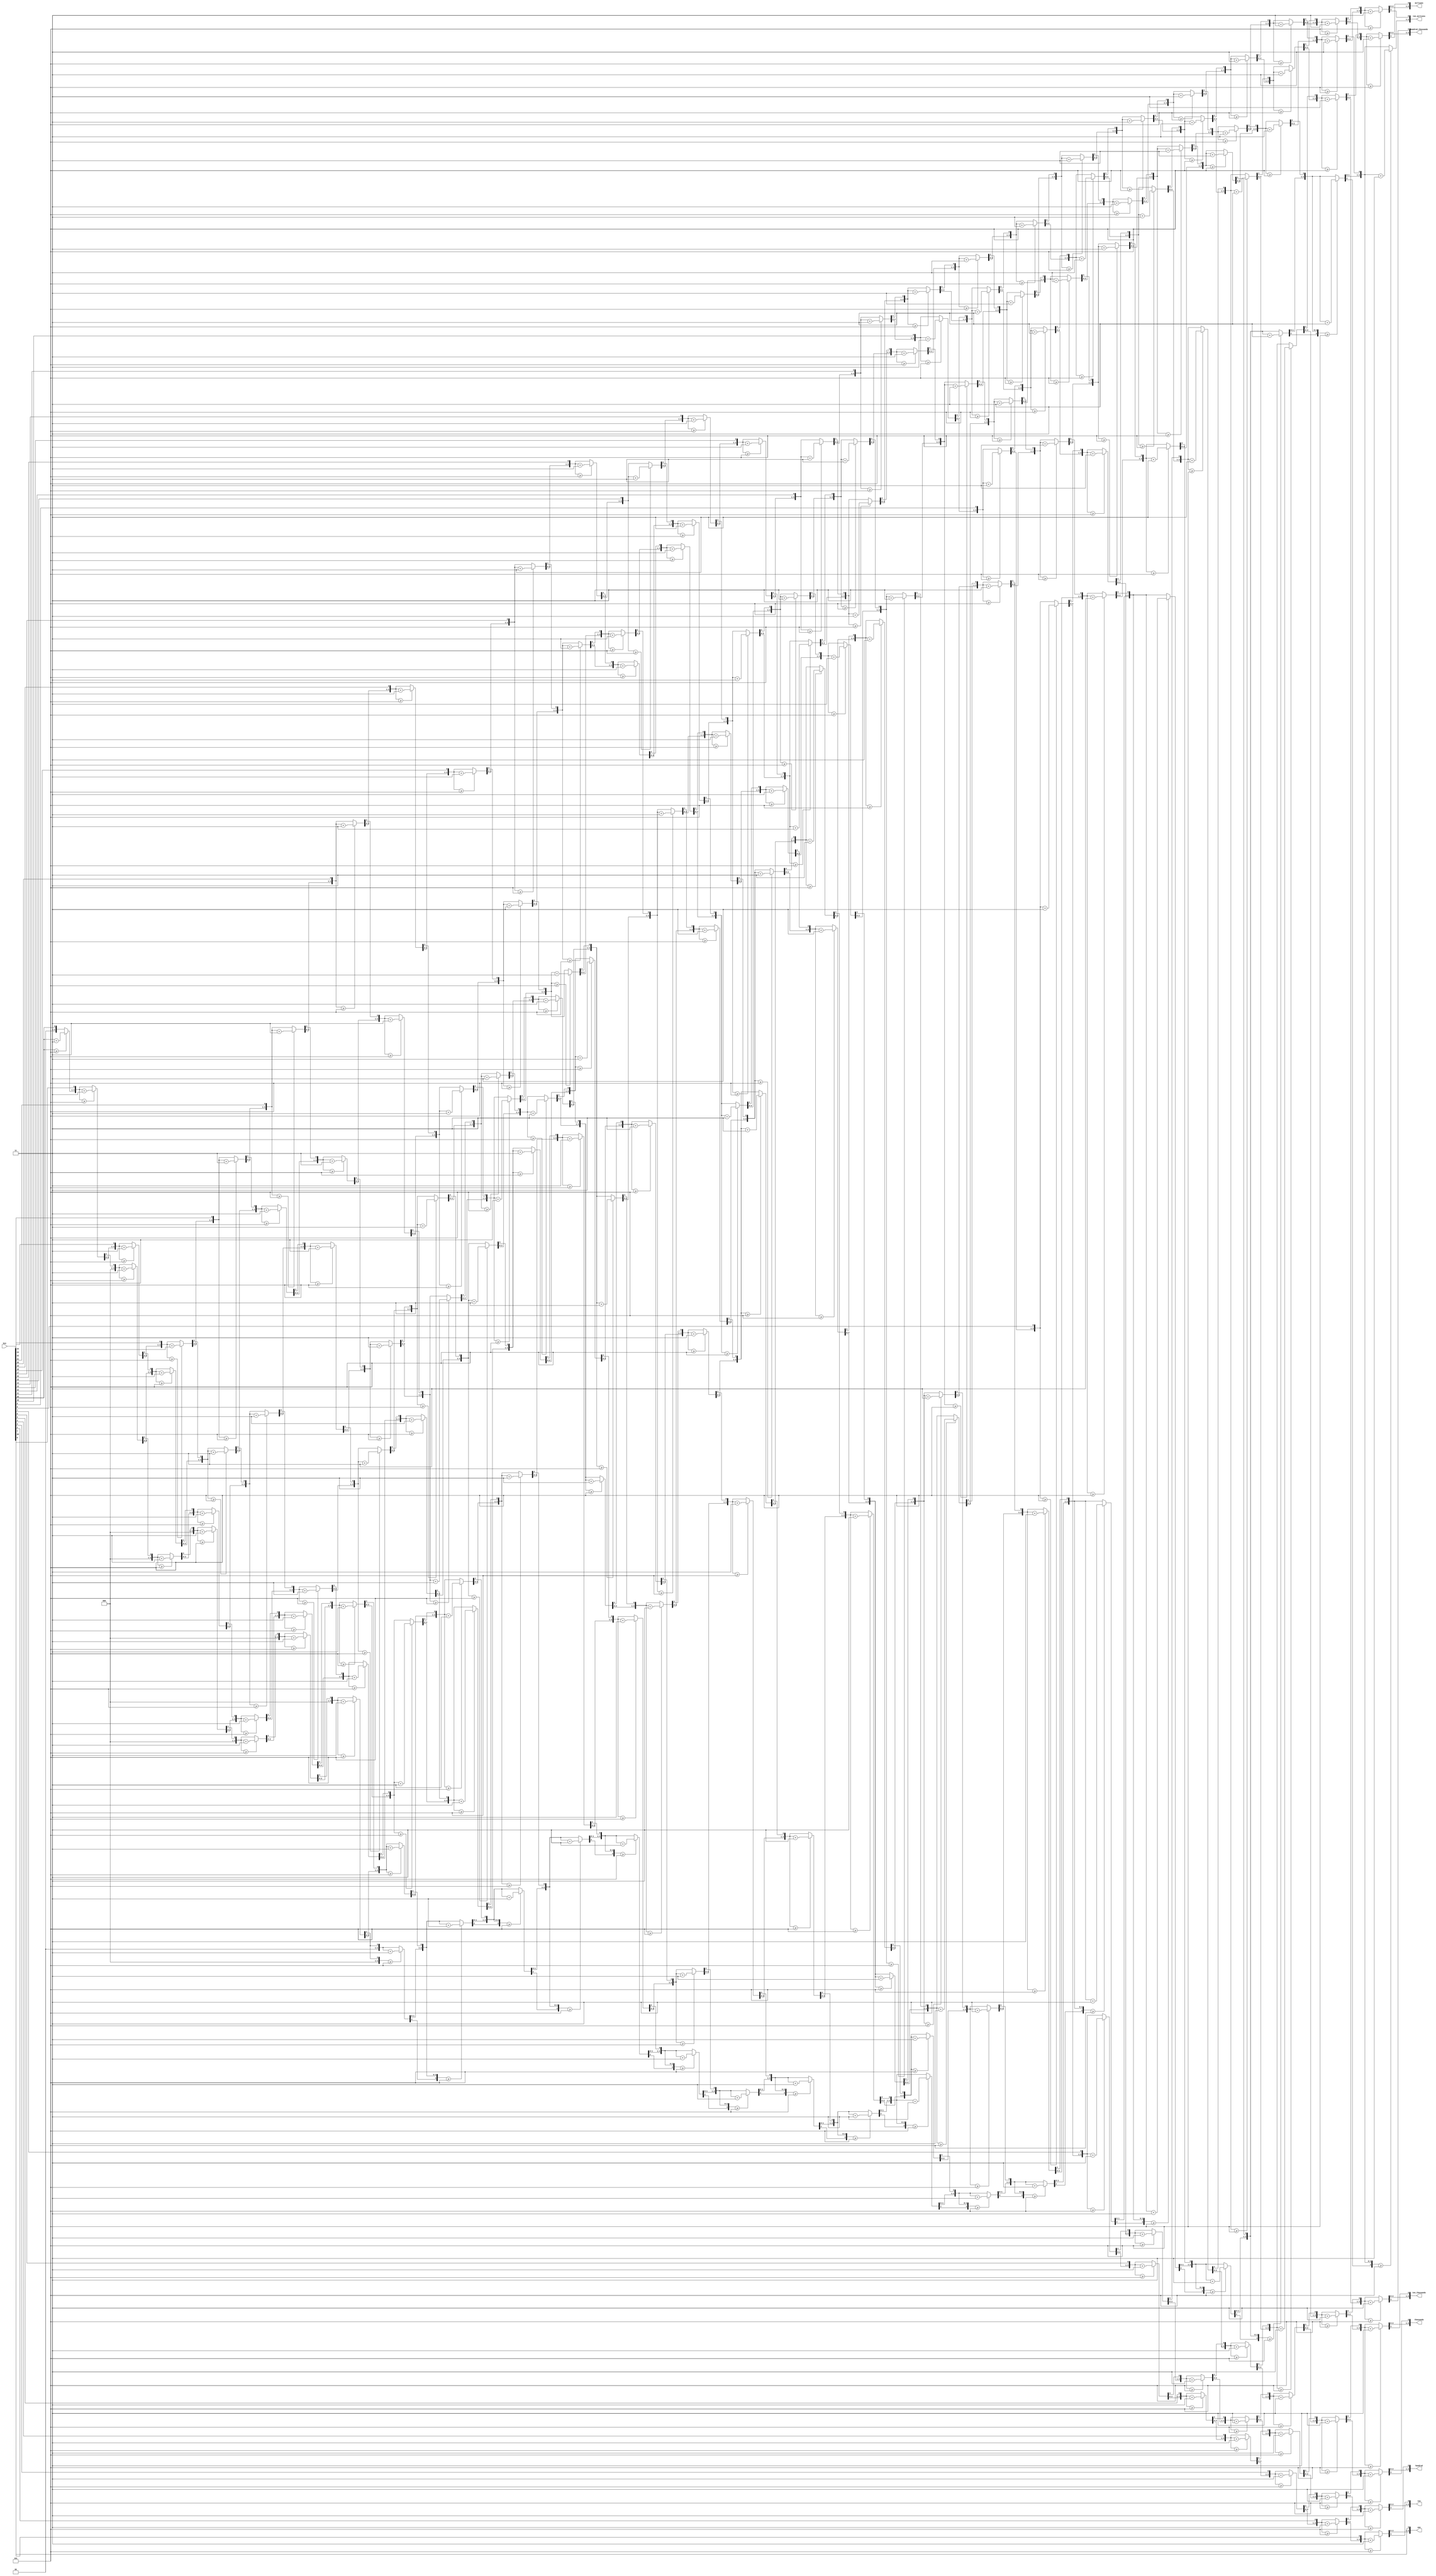
`timescale 1ns / 1ps
module bin_to_bcd(bin,one,ten,hundred,thousands,ten_thousands,hundred_thousands,millions,ten_millions);

	parameter BIN_N_bits=24;

	input [26:0] bin;
	output [3:0] one, ten ,hundred ,thousands,ten_thousands,hundred_thousands,millions,ten_millions;
	reg [3:0] one, ten ,hundred ,thousands,ten_thousands,hundred_thousands,millions,ten_millions,hundred_milli;
	integer i;
	always @(bin)
		begin
			one=0; 
			ten=0;	
			hundred=0;
			thousands=0;
			ten_thousands=0;
			hundred_thousands=0;
			millions=0; 
			ten_millions=0;
			for(i=26;i>=0;i=i-1)  //26 bit binary value
				begin
					if(hundred_milli>=5)
					hundred_milli =hundred_milli +3;
					if(ten_millions>=5)
					ten_millions = ten_millions +3;
					if(millions>=5)
					millions=millions+3;
					if(hundred_thousands>=5)
					hundred_thousands=hundred_thousands+3;
					if(ten_thousands>=5)
					ten_thousands=ten_thousands+3;
					if(thousands>=5)
					thousands=thousands+3;
					if(hundred>=5)
					hundred=hundred+3;
					if(ten>=5)
					ten=ten+3;
					if(one>=5)
					one =one+3;
					
					hundred_milli = hundred_milli <<1;
					hundred_milli[0] =ten_millions[3];
					
					ten_millions = ten_millions <<1;
					ten_millions[0] = millions[3];
					
					millions = millions <<1;
					millions[0] = hundred_thousands[3];
					
					hundred_thousands = hundred_thousands <<1;
					hundred_thousands[0] = ten_thousands[3];
					
					ten_thousands = ten_thousands<<1;
					ten_thousands[0] = thousands[3];
					
					thousands= thousands <<1;
					thousands[0]= hundred [3];
					
					hundred = hundred<<1;
					hundred[0] = ten[3];
					
					ten = ten <<1;
					ten[0] = one[3];
					
					one = one <<1;
					one[0] = bin[i];
				end //end of for loop
	end//end of always

endmodule